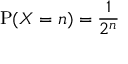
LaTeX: \operatorname { P } ( X = n ) = { \frac { 1 } { 2 ^ { n } } }